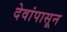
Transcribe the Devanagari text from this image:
देवांपासून